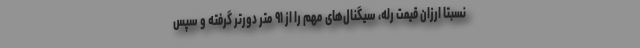
نسبتاً ارزان قیمت رله، سیگنال‌های مهم را از ۹۱ متر دورتر گرفته و سپس